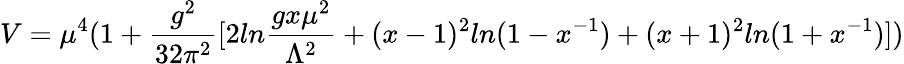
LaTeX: V=\mu^{4}(1+{\frac{g^{2}}{32\pi^{2}}}[2ln{\frac{gx\mu^{2}}{\Lambda^{2}}}+(x-1)^{2}ln(1-x^{-1})+(x+1)^{2}ln(1+x^{-1})])